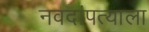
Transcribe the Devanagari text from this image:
नवदांपत्याला